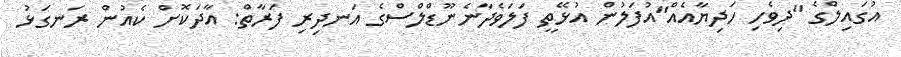
އުގައިލްގެ "ދިވެހި ހަދިޔާއެއް"އުފަލުން އުޅޭތީ ފަލަވެދާނެނޫޑްލްސްގެ އަނދިރި ފަރާތް: އާދަކޮށް ކެއުން ރަނގަޅު